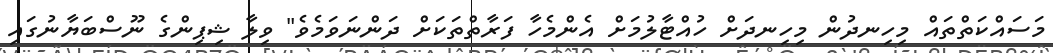
މަސައްކަތްތައް މިހިނދުން މިހިނދަށް ހުއްޓާލުމަށް އެންމެހާ ފަރާތްތަކަށް ދަންނަވަމެވެ" ވިލާ ޝިޕިންގެ ނޫސްބަޔާނުގައި